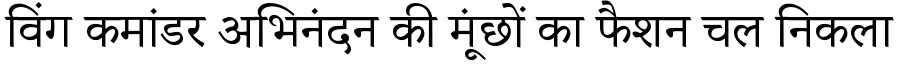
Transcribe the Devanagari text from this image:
विंग कमांडर अभिनंदन की मूंछों का फैशन चल निकला